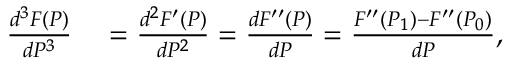
\begin{array} { r l } { { \frac { d ^ { 3 } F ( P ) } { d P ^ { 3 } } } } & { { } = { \frac { d ^ { 2 } F ^ { \prime } ( P ) } { d P ^ { 2 } } } = { \frac { d F ^ { \prime \prime } ( P ) } { d P } } = { \frac { F ^ { \prime \prime } ( P _ { 1 } ) - F ^ { \prime \prime } ( P _ { 0 } ) } { d P } } , } \end{array}